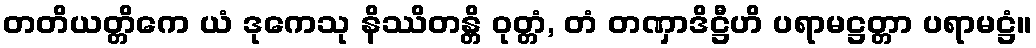
တတိယတ္တိကေ ယံ ဒုကေသု နိဿိတန္တိ ဝုတ္တံ, တံ တဏှာဒိဋ္ဌီဟိ ပရာမဋ္ဌတ္တာ ပရာမဋ္ဌံ။